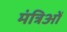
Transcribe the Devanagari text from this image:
मंत्रिओं